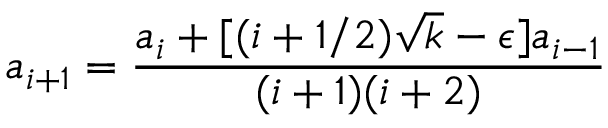
a _ { i + 1 } = \frac { a _ { i } + \lbrack ( i + 1 / 2 ) \sqrt { k } - \epsilon \rbrack a _ { i - 1 } } { ( i + 1 ) ( i + 2 ) }